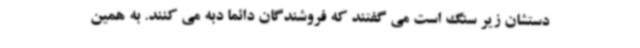
دستشان زیر سنگ است می گفتند که فروشندگان دائما دبه می کنند. به همین